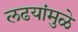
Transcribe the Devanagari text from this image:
लढयांमुळे